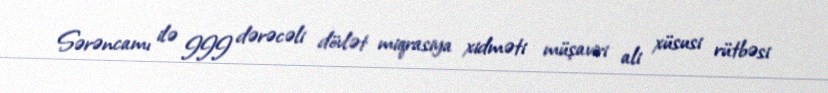
Sərəncamı ilə III dərəcəli dövlət miqrasiya xidməti müşaviri ali xüsusi rütbəsi